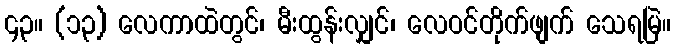
၄၃။ (၁၃) လေကာထဲတွင်၊ မီးထွန်းလျှင်၊ လေဝင်တိုက်ဖျက် သေရမြဲ။